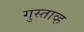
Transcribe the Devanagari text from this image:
गुस्ताव्ह